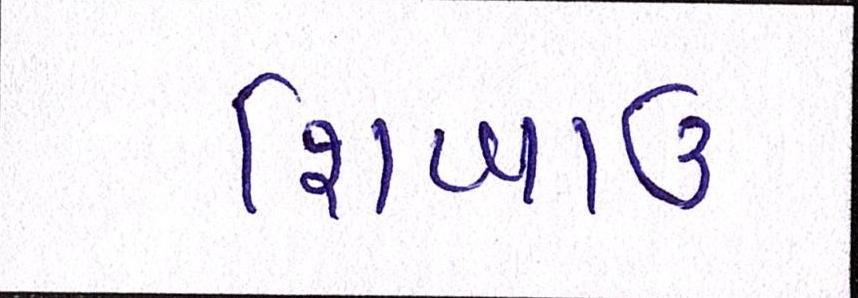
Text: શિખાઉ